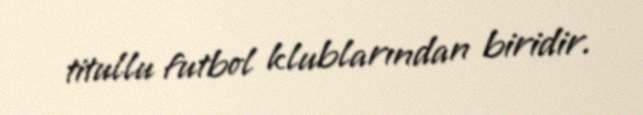
titullu futbol klublarından biridir.